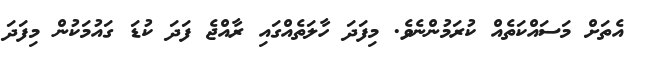
އެތަަށް މަސައްކަތެެއް ކުރަމުންނެވެ. މިފަދަ ހާލަތެއްގައި ރާއްޖެ ފަދަ ކުޑަ ގައުމަކުން މިފަދަ